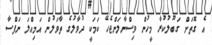
އެ ގޮތަށް ގަބޫލުކުރާ މީހުން ވިސްނާލަންޖެހޭ ކަމަކީ ދުވާލުގެ ތާވަލުން އަމިއްލަ ނަފްސާ